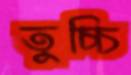
তুচ্চি